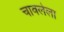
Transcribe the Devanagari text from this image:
चावलेला